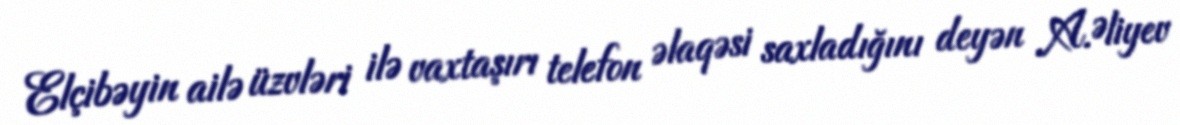
Elçibəyin ailə üzvləri ilə vaxtaşırı telefon əlaqəsi saxladığını deyən A.Əliyev